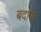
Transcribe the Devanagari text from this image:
बदागा